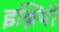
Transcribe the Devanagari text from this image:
इब्रियों